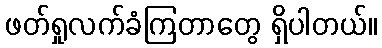
ဖတ်ရှုလက်ခံကြတာတွေ ရှိပါတယ်။